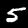
Digit: 5